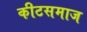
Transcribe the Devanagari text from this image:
कीटसमाज